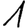
Digit: 1